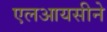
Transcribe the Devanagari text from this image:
एलआयसीने